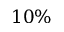
1 0 \%